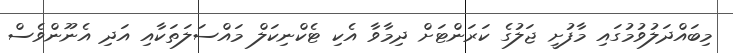
މިބައްދަލުވުމުގައި މާފުށީ ޖަލުގެ ކަރަންޓަށް ދިމާވާ އެކި ޓެކްނިކަލް މައްސަލަތަކާއި އަދި އެނޫންވެސް